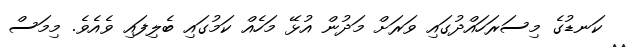
ކަނޑުގެ މިސަރަހައްދުގައި ވަރަށް މަދުން އުޅޭ މަހެއް ކަމުގައި ބެލިފައި ވެއެވެ. މިމަސް